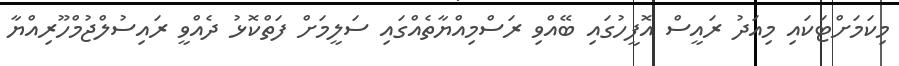
މިކަމަށްޓަކައި މިއަދު ރައީސް އޮފީހުގައި ބޭއްވި ރަސްމިއްޔާތެއްގައި ސަލީމަށް ފަތްކޮޅު ދެއްވީ ރައިސުލްޖުމްހޫރިއްޔާ